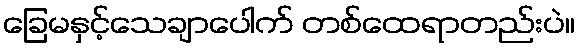
ခြေမနှင့်သေချာပေါက် တစ်ထေရာတည်းပဲ။